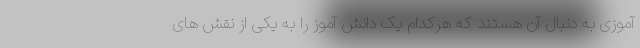
آموزی به دنبال آن هستند که هرکدام یک دانش آموز را به یکی از نقش های